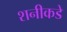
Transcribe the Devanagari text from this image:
शनीकडे